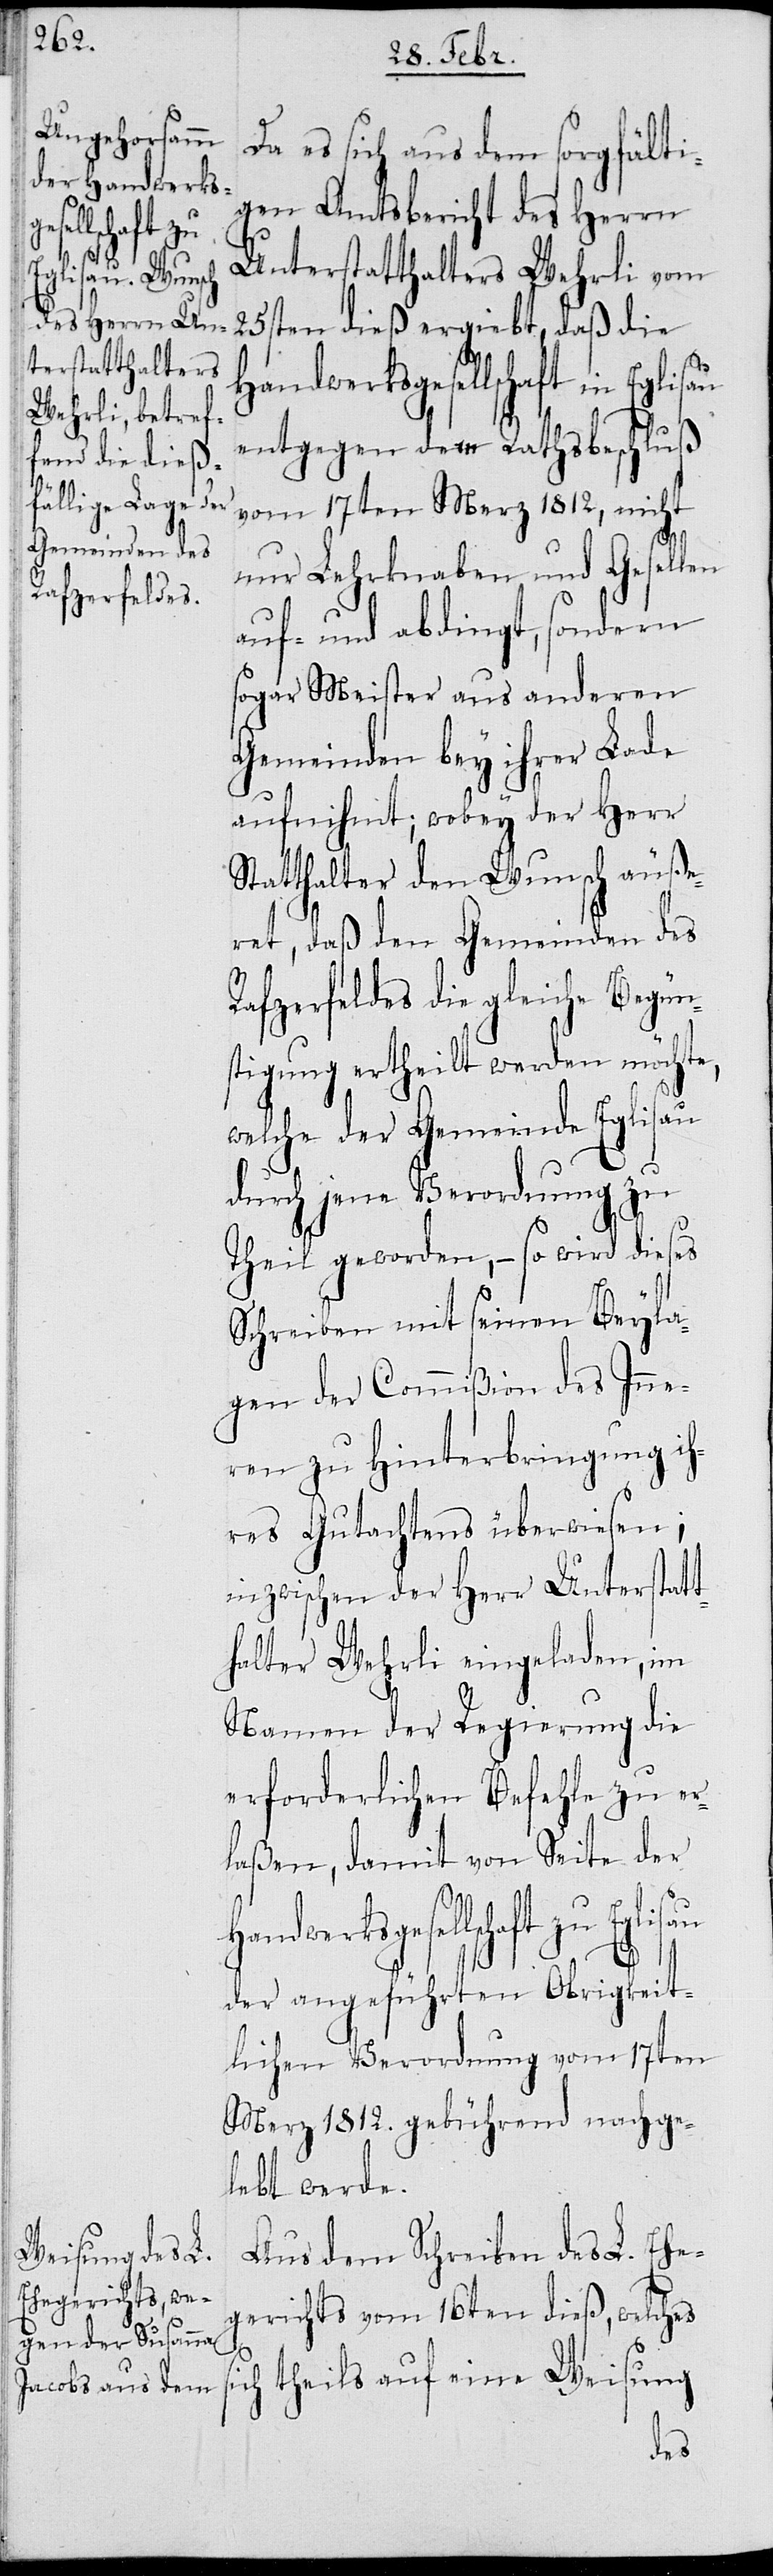
si¬

Da es sich aus dem sorgfälti¬
gen Amtsbericht des Herrn
Unterstatthalters Wehrli vom
25sten dieß ergiebt, daß die
Handwerksgesellschaft zu Eglisau
entgegen dem Rathsbeschluß
vom 17ten Merz 1812, nicht
nur Lehrknaben und Gesellen
auf- und abdingt, sondern
sogar Meister aus anderen
Gemeinden bey ihrer Lade
aufnihmt; wobey der Herr
Statthalter den Wunsch äuße¬
ret, daß den Gemeinden des
Rafzerfeldes die gleiche Begün¬
stigung ertheilt werden möchte,
welche der Gemeinde Eglisau
durch jene Verordnung zu
Theil geworden, – so wird dieses
Schreiben mit seinen Beylia¬
gen der Commißion des Inne¬
ren zu Hinterbringung ih¬
res Gutachtens überwiesen;
inzwischen der Herr Unterstatt¬
halter Wehrli eingeladen, im
Namen der Regierung die
erforderlichen Befehle zu er¬
laßen, damit von Seiten der
der angeführten Obrigkeit¬
lichen Verordnung vom 17ten
Merz 1812. gebührend nachge¬
lebt werde.
Aus dem Schreiben des L. Ehe¬
gerichts vom 16ten dieß, welches
ch theils auf eine Weisung